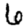
Digit: 6